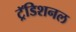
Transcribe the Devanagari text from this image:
ट्रॅडिशनल